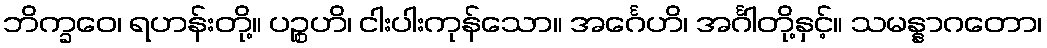
ဘိက္ခဝေ၊ ရဟန်းတို့။ ပဉ္စဟိ၊ ငါးပါးကုန်သော။ အင်္ဂေဟိ၊ အင်္ဂါတို့နှင့်။ သမန္နာဂတော၊